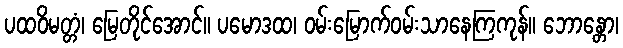
ပထဝိမတ္တံ၊ မြေတိုင်အောင်။ ပမောဒထ၊ ဝမ်းမြောက်ဝမ်းသာနေကြကုန်။ ဘောန္တော၊